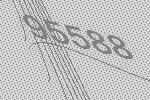
95588